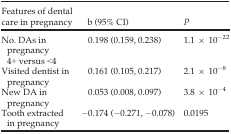
<table><thead><tr><td><b>Features of dental care in pregnancy</b></td><td><b>b (95% CI)</b></td><td><b><i>P</i></b></td></tr></thead><tbody><tr><td>No. DAs in pregnancy 4+ versus &lt;4</td><td>0.198 (0.159, 0.238)</td><td>1.1 × 10<sup>−22</sup></td></tr><tr><td>Visited dentist in pregnancy</td><td>0.161 (0.105, 0.217)</td><td>2.1 × 10<sup>−8</sup></td></tr><tr><td>New DA in pregnancy</td><td>0.053 (0.008, 0.097)</td><td>3.8 × 10<sup>−4</sup></td></tr><tr><td>Tooth extracted in pregnancy</td><td>−0.174 (−0.271, −0.078)</td><td>0.0195</td></tr></tbody></table>